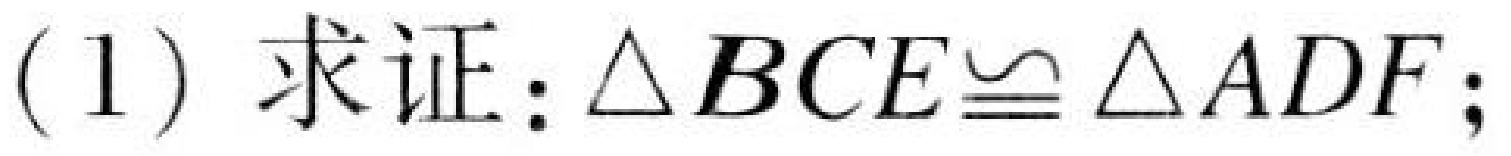
(1) 求证：$\triangle BCE\cong\triangle ADF$；